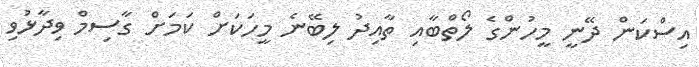
އިސްކަން ދޭނީ މީހުންގެ ލޯތްބާއި ތާއިދު ލިބޭނެ މީހަކަށް ކަމަށް ގާސިމް ވިދާޅުވި